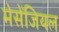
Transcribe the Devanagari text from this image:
मेसेंजियल